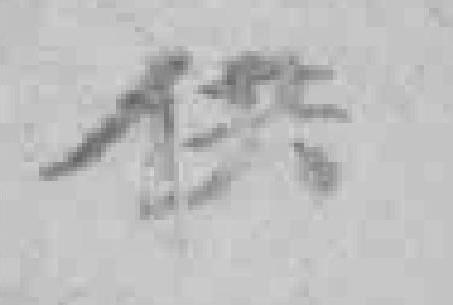
供